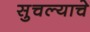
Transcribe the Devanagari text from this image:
सुचल्याचे